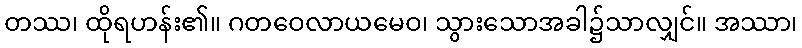
တဿ၊ ထိုရဟန်း၏။ ဂတဝေလာယမေဝ၊ သွားသောအခါ၌သာလျှင်။ အဿာ၊